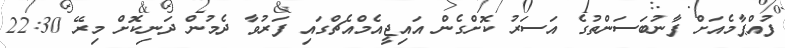
ފުއްޕާމެއަށް ފާނުބަސަންތުގެ އަސަރު ކޮށްގެން އައިޖީއެމްއެޗްގައި ފަރުވާ ދެމުން ދަނިކޮށް މިރޭ 22:30